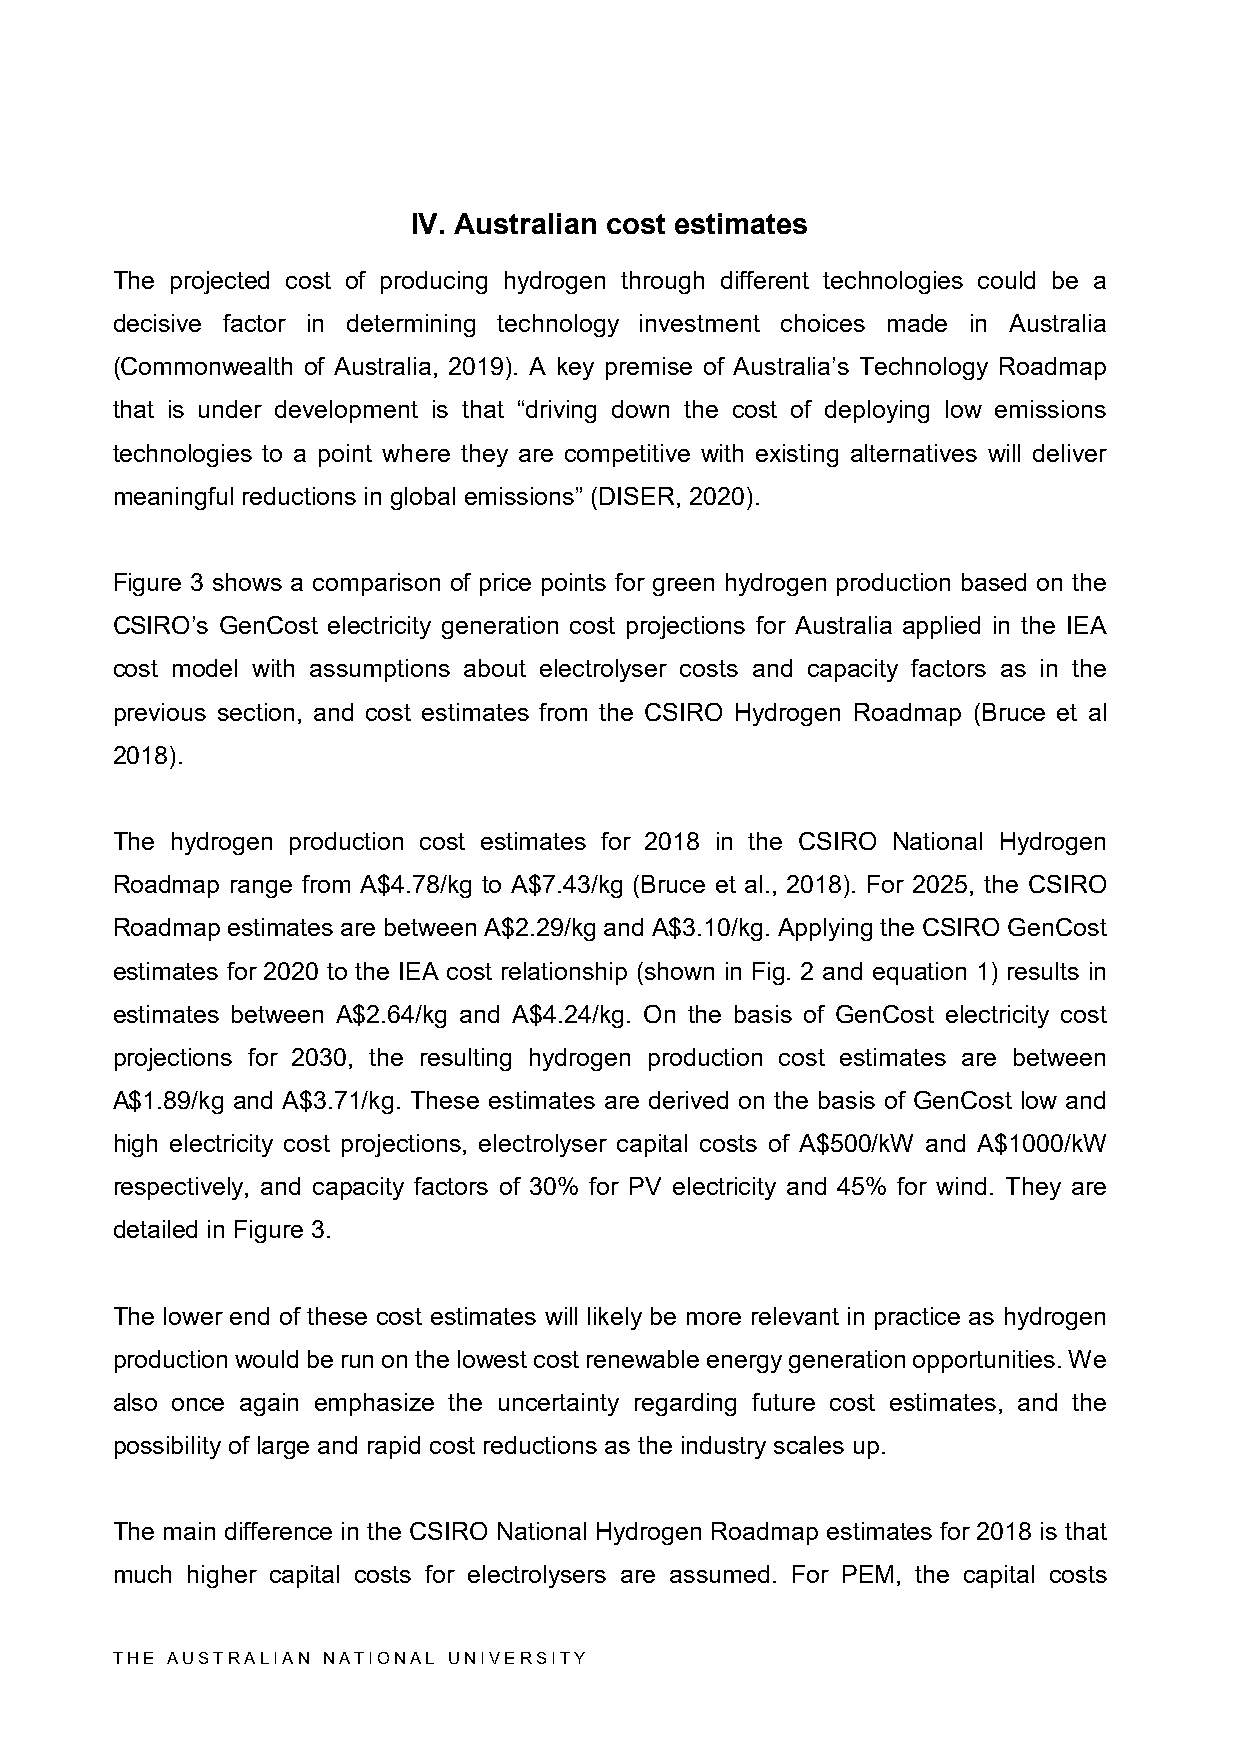
IV. Australian cost estimates
 The projected cost of producing hydrogen through different technologies could be a
 decisive factor in determining technology investment choices made in Australia
 (Commonwealth of Australia, 2019). A key premise of Australia’s Technology Roadmap
 that is under development is that “driving down the cost of deploying low emissions
 technologies to a point where they are competitive with existing alternatives will deliver
 meaningful reductions in global emissions” (DISER, 2020).
 Figure 3 shows a comparison of price points for green hydrogen production based on the
 CSIRO’s GenCost electricity generation cost projections for Australia applied in the IEA
 cost model with assumptions about electrolyser costs and capacity factors as in the
 previous section, and cost estimates from the CSIRO Hydrogen Roadmap (Bruce et al
 2018).
 The hydrogen production cost estimates for 2018 in the CSIRO National Hydrogen
 Roadmap range from A$4.78/kg to A$7.43/kg (Bruce et al., 2018). For 2025, the CSIRO
 Roadmap estimates are between A$2.29/kg and A$3.10/kg. Applying the CSIRO GenCost
 estimates for 2020 to the IEA cost relationship (shown in Fig. 2 and equation 1) results in
 estimates between A$2.64/kg and A$4.24/kg. On the basis of GenCost electricity cost
 projections for 2030, the resulting hydrogen production cost estimates are between
 A$1.89/kg and A$3.71/kg. These estimates are derived on the basis of GenCost low and
 high electricity cost projections, electrolyser capital costs of A$500/kW and A$1000/kW
 respectively, and capacity factors of 30% for PV electricity and 45% for wind. They are
 detailed in Figure 3.
 The lower end of these cost estimates will likely be more relevant in practice as hydrogen
 production would be run on the lowest cost renewable energy generation opportunities. We
 also once again emphasize the uncertainty regarding future cost estimates, and the
 possibility of large and rapid cost reductions as the industry scales up.
 The main difference in the CSIRO National Hydrogen Roadmap estimates for 2018 is that
 much higher capital costs for electrolysers are assumed. For PEM, the capital costs
 THE AUSTRALIAN NATIONAL UNIVERSITY